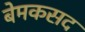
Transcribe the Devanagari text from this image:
बेमकसद